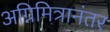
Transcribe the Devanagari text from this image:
अग्निमित्रानंतर